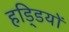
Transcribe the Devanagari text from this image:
हडि्‍डयों